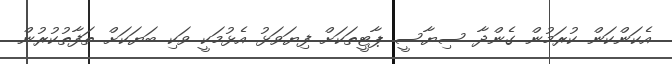
އެކަންކަން ކުރަމުން ގެންދާ ސިޔާސީ ޕާޓީތަކަށް ފިޔަވަޅު އެޅުމަކީ ވަކި ބަޔަކަށް ތަފާތުކުރުން